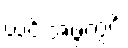
ယင်းအဖွဲ့တွင်